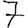
Digit: 7